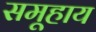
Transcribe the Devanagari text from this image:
समूहाय